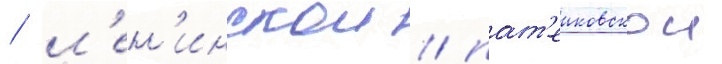
/ л'ен'инскои / пат'еиковскои